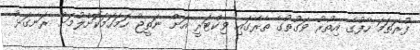
ފުރަތަމަ ހާފުގެ އިތުރު ވަގުތުގެ ތެރޭގައި ވިކްޓަރީ އަށް ނަތީޖާ ހަމަހަމަކޮށްލުމަށް ރަނގަޅު